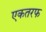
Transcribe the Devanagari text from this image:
एकतरफ